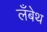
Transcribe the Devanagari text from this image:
लँबेथ